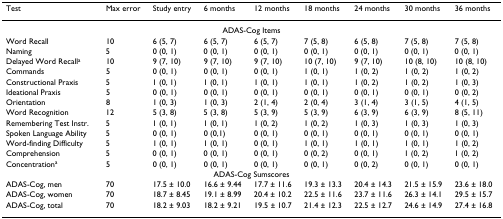
<table><thead><tr><td><b>Test</b></td><td><b>Max error</b></td><td><b>Study entry</b></td><td><b>6 months</b></td><td><b>12 months</b></td><td><b>18 months</b></td><td><b>24 months</b></td><td><b>30 months</b></td><td><b>36 months</b></td></tr></thead><tbody><tr><td colspan="9">ADAS-Cog Items</td></tr><tr><td>Word Recall</td><td>10</td><td>6 (5, 7)</td><td>6 (5, 7)</td><td>6 (5, 7)</td><td>7 (5, 8)</td><td>6 (5, 8)</td><td>7 (5, 8)</td><td>7 (5, 8)</td></tr><tr><td>Naming</td><td>5</td><td>0 (0, 1)</td><td>0 (0, 1)</td><td>0 (0, 1)</td><td>0 (0, 1)</td><td>0 (0, 1)</td><td>0 (0, 1)</td><td>0 (0, 1)</td></tr><tr><td>Delayed Word Recall<sup>a</sup></td><td>10</td><td>9 (7, 10)</td><td>9 (7, 10)</td><td>9 (7, 10)</td><td>10 (7, 10)</td><td>9 (7, 10)</td><td>10 (8, 10)</td><td>10 (8, 10)</td></tr><tr><td>Commands</td><td>5</td><td>0 (0, 1)</td><td>0 (0, 1)</td><td>0 (0, 1)</td><td>1 (0, 1)</td><td>1 (0, 2)</td><td>1 (0, 2)</td><td>1 (0, 2)</td></tr><tr><td>Constructional Praxis</td><td>5</td><td>1 (0, 1)</td><td>1 (0, 1)</td><td>1 (0, 1)</td><td>1 (0, 1)</td><td>1 (0, 2)</td><td>1 (0, 2)</td><td>1 (0, 3)</td></tr><tr><td>Ideational Praxis</td><td>5</td><td>0 (0, 1)</td><td>0 (0, 1)</td><td>0 (0, 1)</td><td>0 (0, 1)</td><td>0 (0, 1)</td><td>0 (0, 1)</td><td>0 (0, 2)</td></tr><tr><td>Orientation</td><td>8</td><td>1 (0, 3)</td><td>1 (0, 3)</td><td>2 (1, 4)</td><td>2 (0, 4)</td><td>3 (1, 4)</td><td>3 (1, 5)</td><td>4 (1, 5)</td></tr><tr><td>Word Recognition</td><td>12</td><td>5 (3, 8)</td><td>5 (3, 8)</td><td>5 (3, 9)</td><td>5 (3, 9)</td><td>6 (3, 9)</td><td>6 (3, 9)</td><td>8 (5, 11)</td></tr><tr><td>Remembering Test Instr.</td><td>5</td><td>1 (0, 1)</td><td>1 (0, 1)</td><td>1 (0, 2)</td><td>1 (0, 2)</td><td>1 (0, 3)</td><td>1 (0, 3)</td><td>1 (0, 3)</td></tr><tr><td>Spoken Language Ability</td><td>5</td><td>0 (0, 1)</td><td>0 (0,1)</td><td>0 (0, 1)</td><td>0 (0, 1)</td><td>0 (0, 1)</td><td>0 (0, 1)</td><td>0 (0, 1)</td></tr><tr><td>Word-finding Difficulty</td><td>5</td><td>1 (0, 1)</td><td>1 (0, 1)</td><td>0 (0, 1)</td><td>1 (0, 1)</td><td>1 (0, 1)</td><td>1 (0, 1)</td><td>1 (0, 2)</td></tr><tr><td>Comprehension</td><td>5</td><td>0 (0, 1)</td><td>0 (0, 1)</td><td>0 (0, 1)</td><td>0 (0, 2)</td><td>0 (0, 1)</td><td>1 (0, 2)</td><td>1 (0, 2)</td></tr><tr><td>Concentration<sup>a</sup></td><td>5</td><td>0 (0, 1)</td><td>0 (0, 1)</td><td>0 (0, 1)</td><td>0 (0, 1)</td><td>0 (0, 2)</td><td>0 (0, 1)</td><td>0 (0, 1)</td></tr><tr><td colspan="9">ADAS-Cog Sumscores</td></tr><tr><td>ADAS-Cog, men</td><td>70</td><td>17.5 ± 10.0</td><td>16.6 ± 9.44</td><td>17.7 ± 11.6</td><td>19.3 ± 13.3</td><td>20.4 ± 14.3</td><td>21.5 ± 15.9</td><td>23.6 ± 18.0</td></tr><tr><td>ADAS-Cog, women</td><td>70</td><td>18.7 ± 8.45</td><td>19.1 ± 8.99</td><td>20.4 ± 10.2</td><td>22.5 ± 11.6</td><td>23.7 ± 11.6</td><td>26.3 ± 14.1</td><td>29.5 ± 15.7</td></tr><tr><td>ADAS-Cog, total</td><td>70</td><td>18.2 ± 9.03</td><td>18.2 ± 9.21</td><td>19.5 ± 10.7</td><td>21.4 ± 12.3</td><td>22.5 ± 12.7</td><td>24.6 ± 14.9</td><td>27.4 ± 16.8</td></tr></tbody></table>